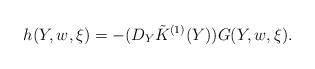
LaTeX: \begin{align*} h(Y, w, \xi)= - (D_Y \tilde { K}^{(1)}(Y)) G(Y, w, \xi).\end{align*}